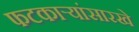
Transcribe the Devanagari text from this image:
फटकाऱ्यांसारखे